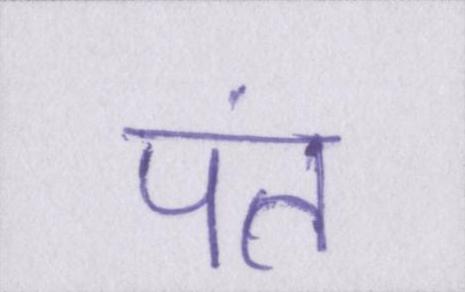
पंत